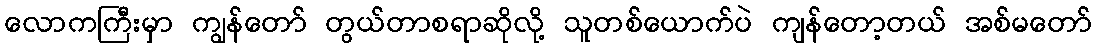
လောကကြီးမှာ ကျွန်တော် တွယ်တာစရာဆိုလို့ သူတစ်ယောက်ပဲ ကျန်တော့တယ် အစ်မတော်